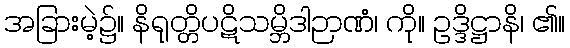
အခြားမဲ့၌။ နိရုတ္တိပဋိသမ္ဘိဒါဉာဏံ၊ ကို။ ဥဒ္ဒိဋ္ဌာနိ၊ ၏။